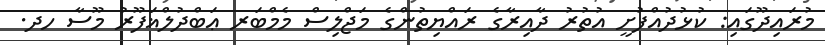
މުރައިދޫގައި: ކުޅުދުއްފުށީ އުތުރު ދާއިރާގެ ރައްޔިތުންގެ މަޖްލިސް މެމްބަރ ޢަބްދުލްޣަފޫރު މޫސާ ހދ.